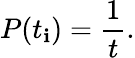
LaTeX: P(t_{\mathbf{i}})=\frac{{1}}{{t}}.